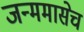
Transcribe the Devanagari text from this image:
जन्ममासेच